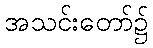
အသင်းတော်၌